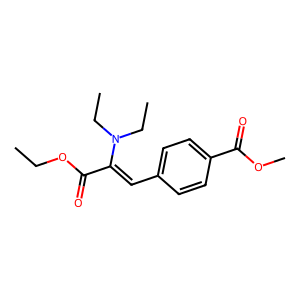
SMILES: CCOC(=O)C(=Cc1ccc(C(=O)OC)cc1)N(CC)CC
Inhibits HIV replication: No